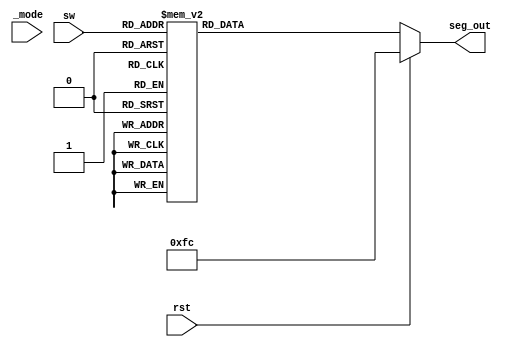
module light_7seg_ego (
    input [3:0] sw,
    input rst,
    input [1:0] _mode,
    output reg [7:0] seg_out
);

    always @* begin
        if (rst) begin
            seg_out = 8'b1111_1100;  //0
        end else begin
            case (sw)
                4'h0: seg_out = 8'b1111_1100;  //0
                4'h1: seg_out = 8'b0110_0000;  //1
                4'h2: seg_out = 8'b1101_1010;  //2
                4'h3: seg_out = 8'b1111_0010;  //3
                4'h4: seg_out = 8'b0110_0110;  //4
                4'h5: seg_out = 8'b1011_0110;  //5
                4'h6: seg_out = 8'b1011_1110;  //6
                4'h7: seg_out = 8'b1110_0000;  //7
                4'h8: seg_out = 8'b1111_1110;  //8
                4'h9: seg_out = 8'b1110_0110;  //9
                4'ha: seg_out = 8'b1110_1110;  //A
                4'hb: seg_out = 8'b0011_1110;  //B
                4'hc: seg_out = 8'b1001_1100;  //C
                4'hd: seg_out = 8'b0111_1010;  //D
                4'he: seg_out = 8'b1001_1110;  //E
                4'hf: seg_out = 8'b0000_0000;  //F represents space
                default: seg_out = 8'b0000_0001;
            endcase
        end
    end
endmodule